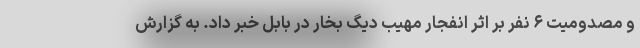
و مصدومیت ۶ نفر بر اثر انفجار مهیب دیگ بخار در بابل خبر داد. به گزارش